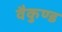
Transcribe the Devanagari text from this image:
वैकुण्ड